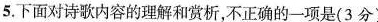
5.下面对诗歌内容的理解和赏析，不正确的-项是(3分)